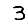
Digit: 3